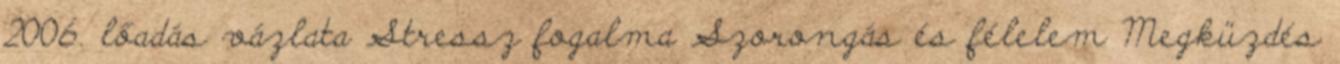
2006. lőadás vázlata Stressz fogalma Szorongás és félelem Megküzdés